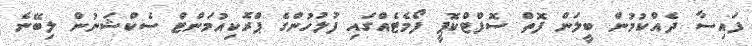
ފައިސާ ދެއްކުމުން ބީލަން ފޮތް ސޮފްޓްކޮޕީ ފޯމެޓެއްގައި ފުލުހުންގެ ޕްރޮކިއުމަންޓް ސެކްޝަނުން ލިބޭނެ